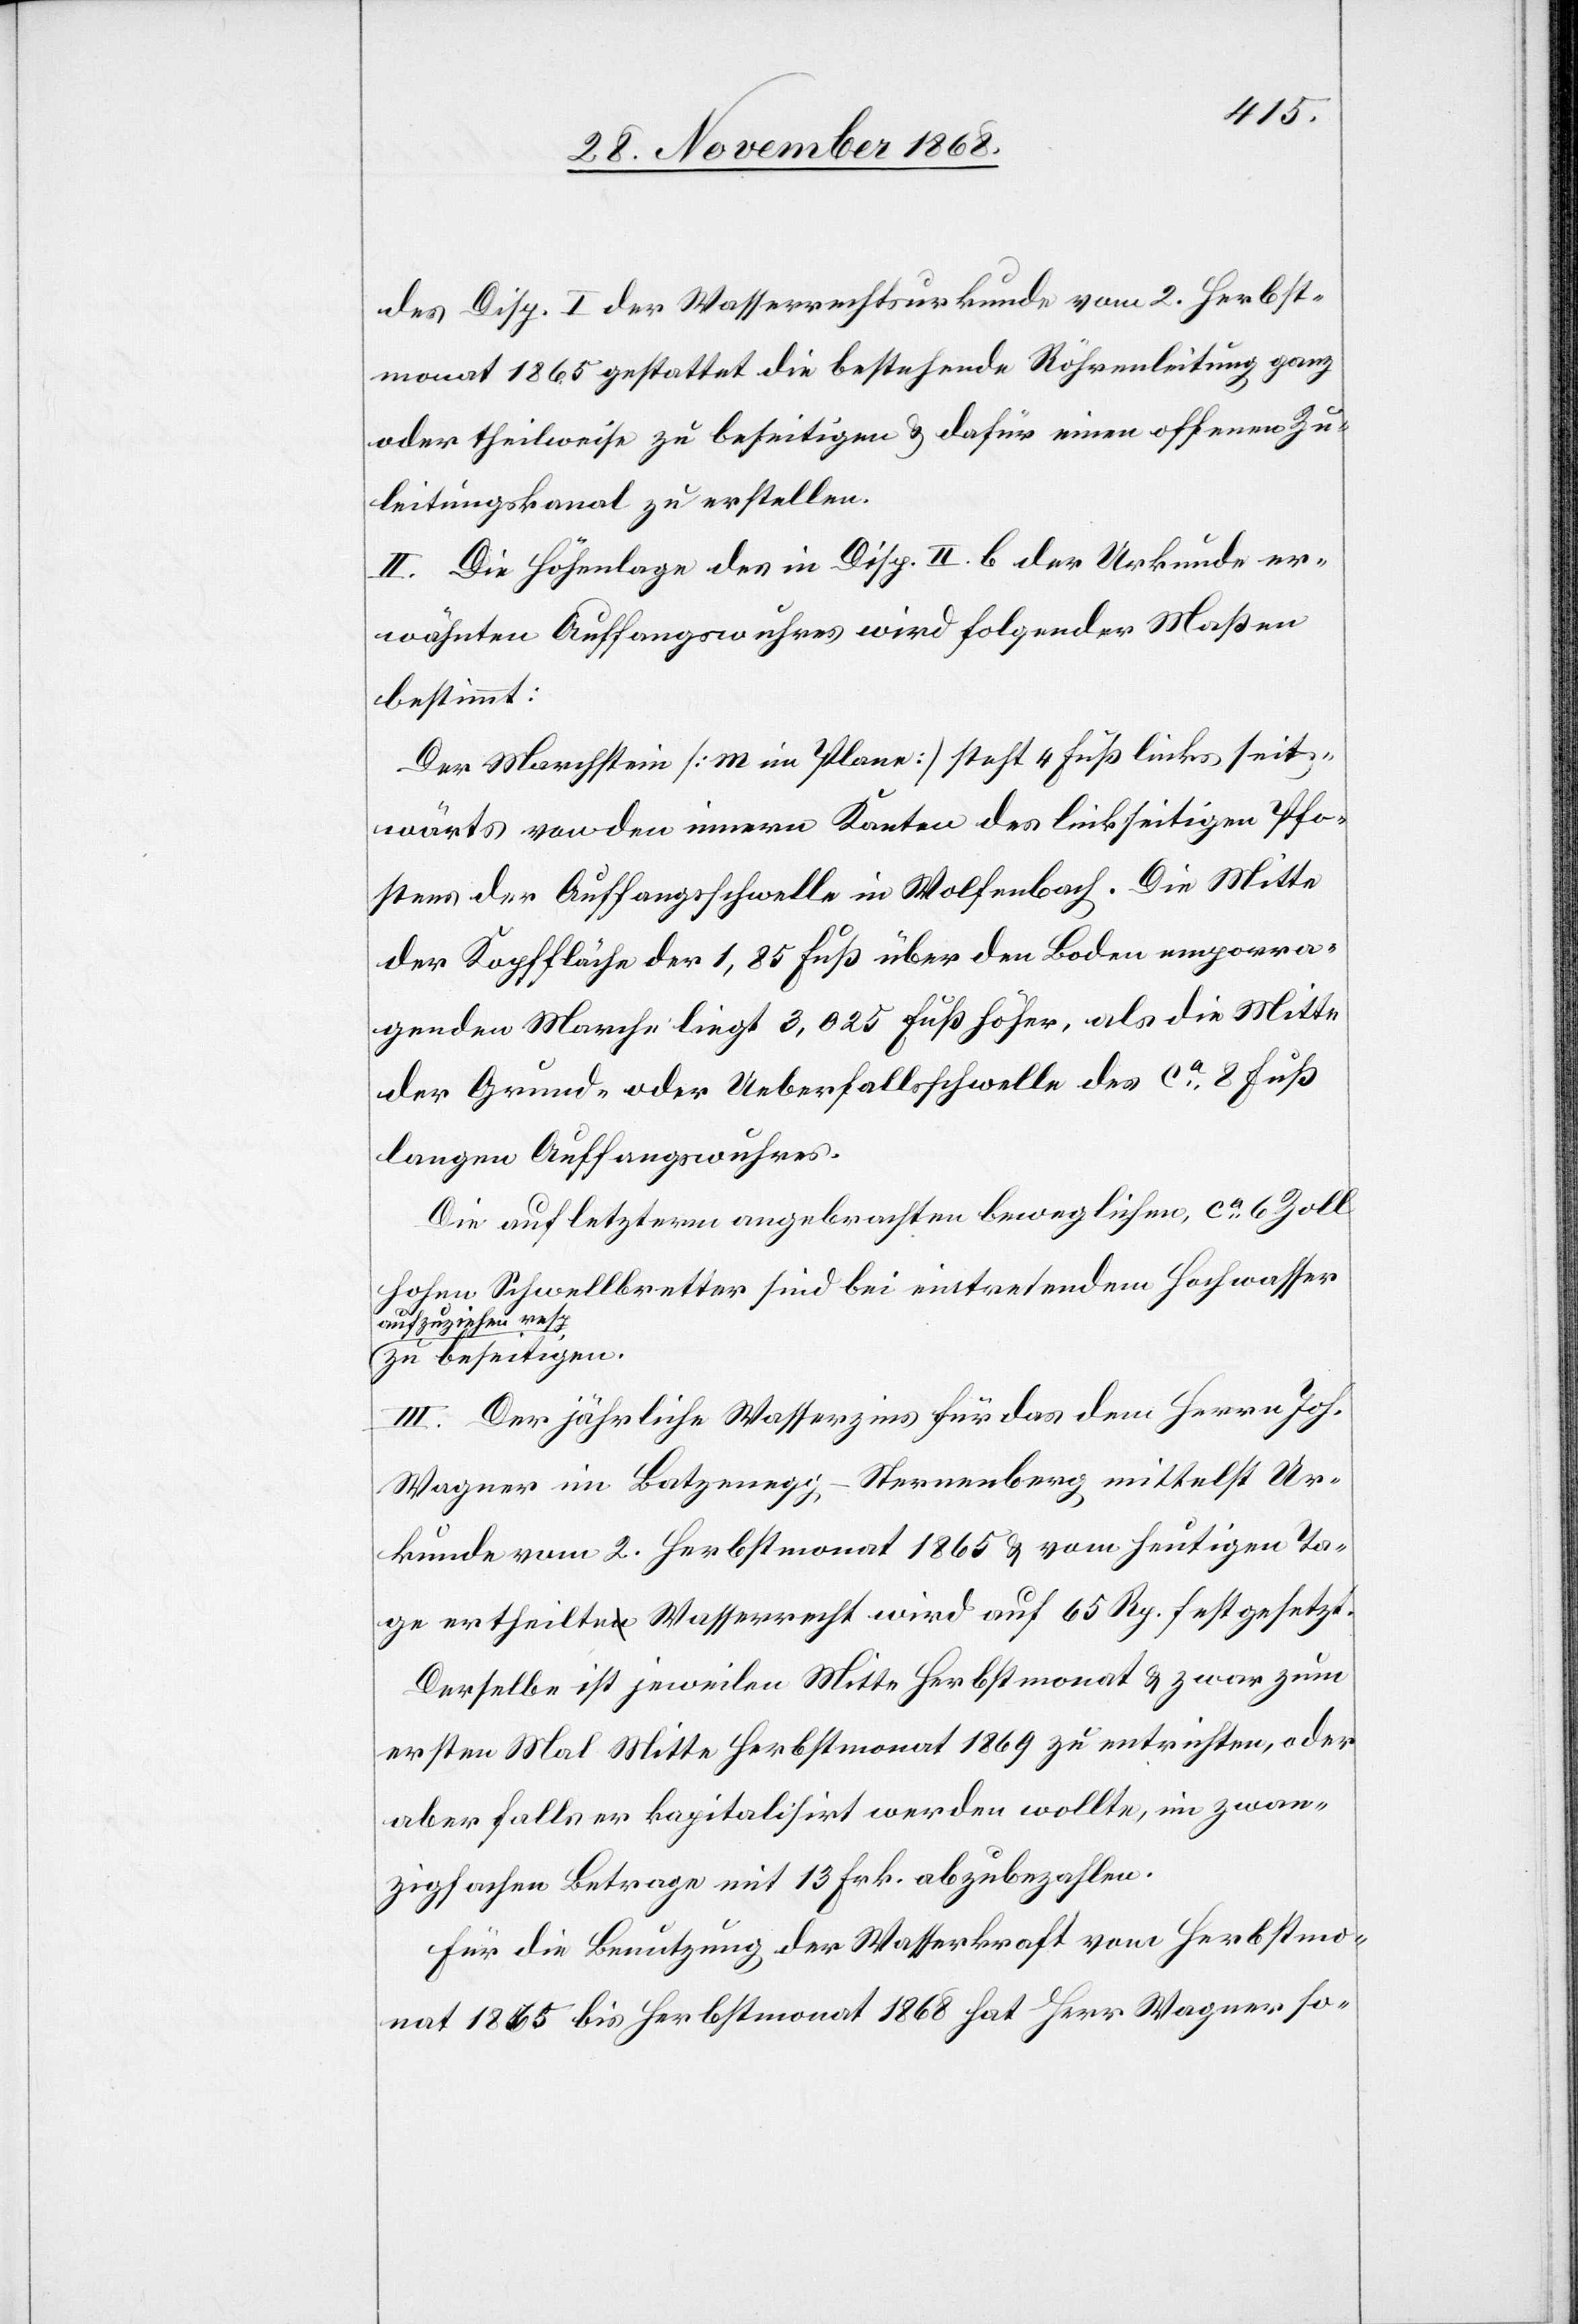
des Disp. I der Wasserrechtsurkunde vom 2. Herbst¬
monat 1865 gestattet die bestehende Röhrenleitung ganz
oder theilweise zu beseitigen & dafür einen offenen Zu¬
leitungskanal zu erstellen.
II. Die Höhenlage des in Disp. II. b der Urkunde er¬
wähnten Auffangswuhres wird folgender Maßen
bestimmt:
Der Marchstein [m im Plane] steht 4 Fuß links seit¬
wärts von den innern Kanten des linkseitigen Pfo¬
stens der Auffangsschwelle in [sic!] Wolfenbach. Die Mitte
der Kopffläche der 1,85 Fuß über den Boden emporra¬
genden Marche liegt 3,025 Fuß höher, als die Mitte
der Grund- oder Ueberfallsschwelle des ca 8 Fuß
langen Auffangswuhres.
Die auf letzterm angebrachten beweglichen, ca 6 Zoll
hohen Schwellbretter sind bei eintretendem Hochwasser
aufzuziehen resp.
zu beseitigen.
III. Der jährliche Wasserzins für das dem Herrn Joh.
Wagner im Batzenegg - Sternenberg mittelst Ur¬
kunde vom 2. Herbstmonat 1865 & vom heutigen Ta¬
ge ertheilte Wasserrecht wird auf 65 Rp. festgesetzt.
Derselbe ist jeweilen Mitte Herbstmonat & zwar zum
ersten Mal Mitte Herbstmonat 1869 zu entrichten, oder
aber falls er kapitalisirt werden wollte, im zwan¬
zigfachen Betrage mit 13 Frk. abzubezahlen.
Für die Benutzung der Wasserkraft vom Herbstmo¬
nat 1865 bis Herbstmonat 1868 hat Herr Wagner so-